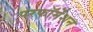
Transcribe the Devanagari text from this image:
परफॉर्मेंशन